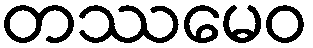
တဿမေဝ